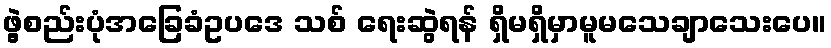
ဖွဲ့စည်းပုံအခြေခံဥပဒေ သစ် ရေးဆွဲရန် ရှိမရှိမှာမူမသေချာသေးပေ။